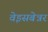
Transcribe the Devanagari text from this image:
वेइसबेन्नर